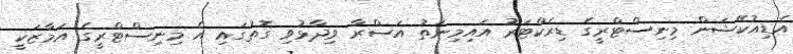
އެޑިއުކޭޝަން މިނިސްޓްރީގެ ޑިރެކްޓަރު އައިމިނަތު އަސްރާ ވިދާޅުވި ގޮތުގައި އެ މިނިސްޓްރީގެ އަމާޒަކީ